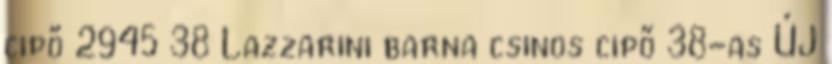
cipő 2945 38 Lazzarini barna csinos cipő 38-as ÚJ